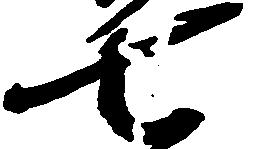
七